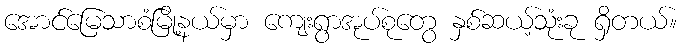
အောင်မြေသာစံမြို့နယ်မှာ ကျေးရွာအုပ်စုတွေ နှစ်ဆယ့်သုံးခု ရှိတယ်။